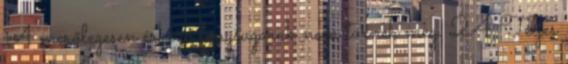
A merőlegesen érkező fénysugarak nem törnek meg. 24 Teljes